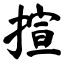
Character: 揎